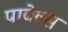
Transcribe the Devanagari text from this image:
पावेल्स